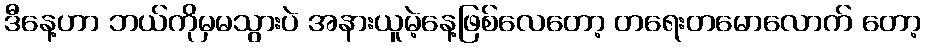
ဒီနေ့ဟာ ဘယ်ကိုမှမသွားပဲ အနားယူမဲ့နေ့ဖြစ်လေတော့ တရေးတမောလောက် တော့